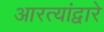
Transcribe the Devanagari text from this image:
आरत्यांद्वारे